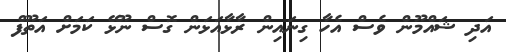
އަދި ޝައްމޫން ވެސް އެހާ ގިނައިން ރާޅާއަޅަން ގޮސް ނޫޅޭ ކަމަށް އަތޫފް